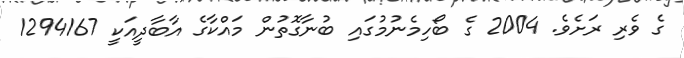
ގެ ވެރި ރަށެވެ. 2004 ގެ ބޯހިމެނުމުގައި ބުނާގޮތުން މައްކާގެ އާބާދީއަކީ 1294167